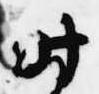
時